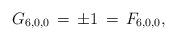
LaTeX: \begin{align*}G_{6,0,0}\,=\,\pm1\,=\,F_{6,0,0},\end{align*}